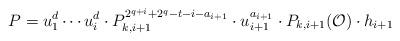
LaTeX: \begin{align*} P= u_1^d\cdots u_i^d\cdot P_{k,i+1}^{2^{q+i}+2^q-t-i-a_{i+1}}\cdot u_{i+1}^{a_{i+1}} \cdot P_{k,i+1}(\mathcal{O}) \cdot h_{i+1} \end{align*}